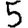
Digit: 5